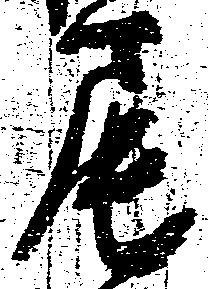
尾